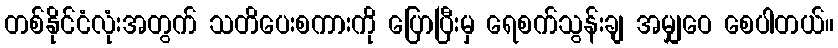
တစ်နိုင်ငံလုံးအတွက် သတိပေးစကားကို ပြောပြီးမှ ရေစက်သွန်းချ အမျှဝေ စေပါတယ်။